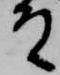
殿